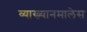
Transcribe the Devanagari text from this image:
व्याख्यानमालेस